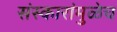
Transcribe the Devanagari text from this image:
संस्कारांमुळेच